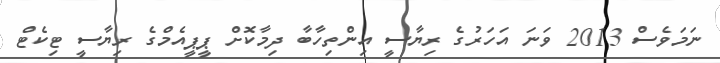
ނަމަވެސް 2013 ވަަނަ އަހަރުގެ ރިޔާސީ އިންތިހާބާ ދިމާކޮށް ޕީޕީއެމްގެ ރިޔާސީ ޓިކެޓް